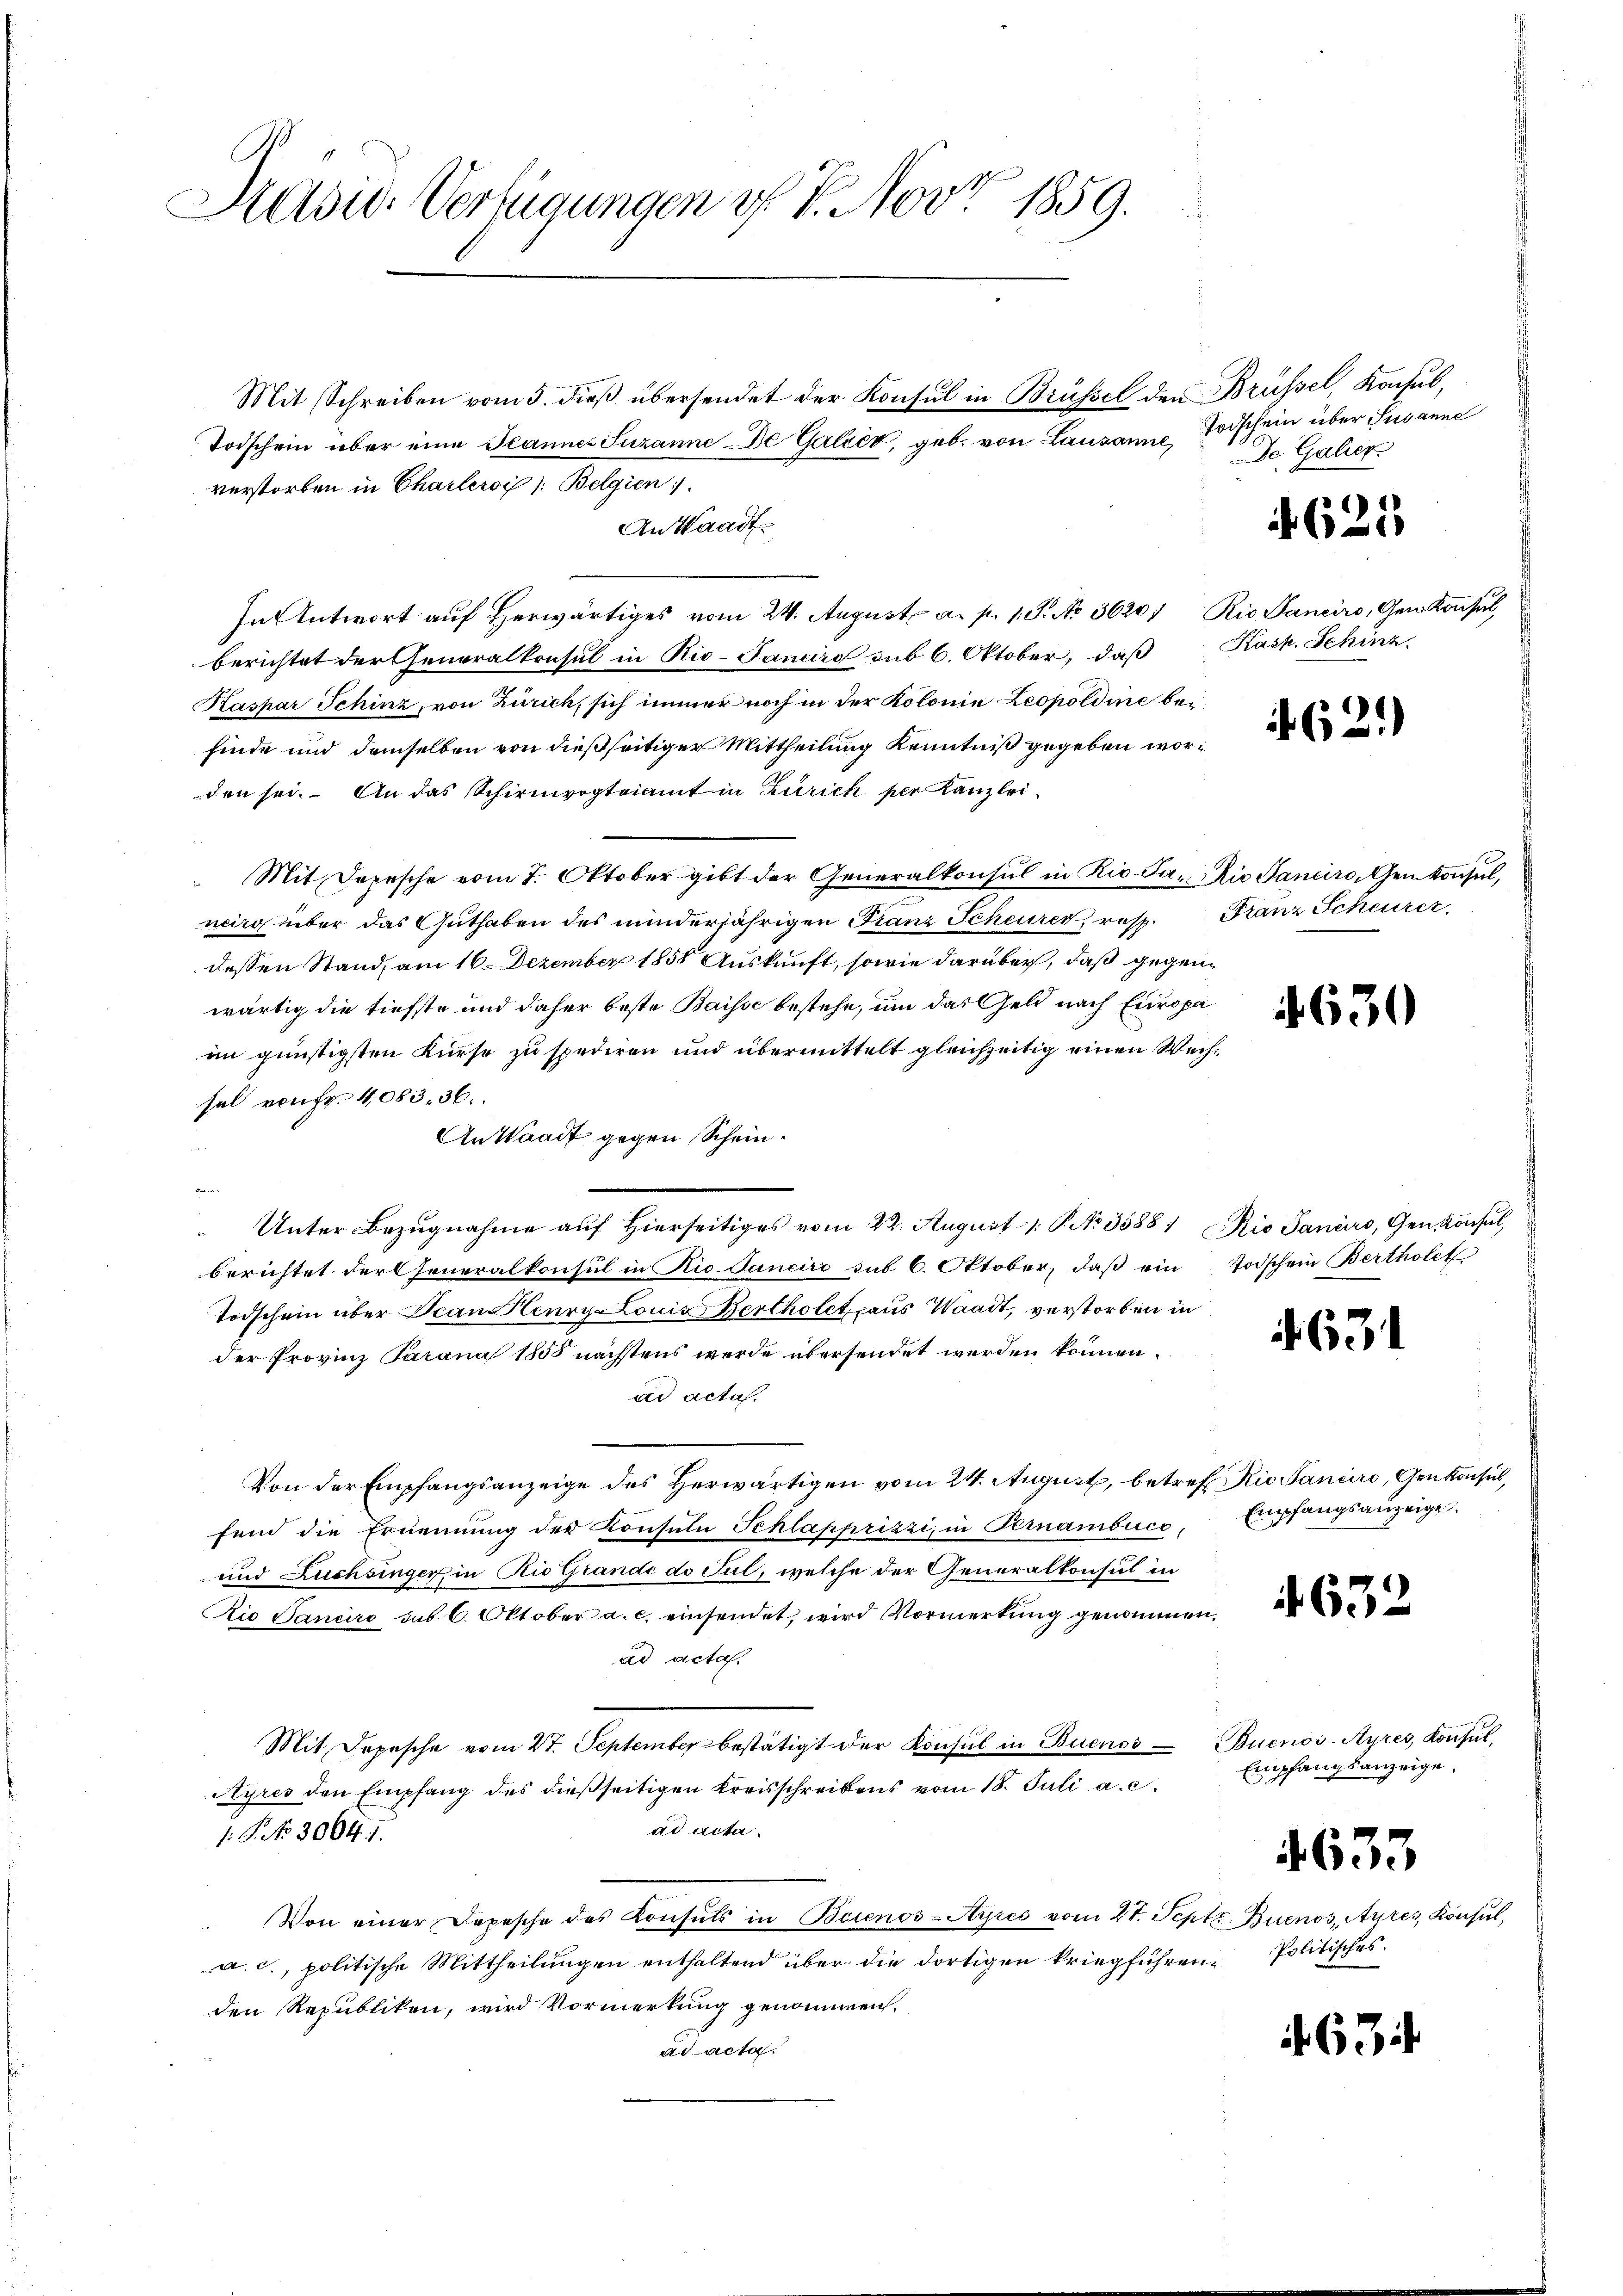
Sadw. Verfügungen v. 7. Nov. 1859.

verstorben in Charleroi /: Belgien
An Waadt
In Antwort auf herwärtiges vom 24. August. a. p. 1 S. No. 3620/ Rio Sancirs, Gem Konsul,
berichtet der Generalkonsul in Rio-Panciro sub 6. Oktober, daß
Kaspar Schinz, von Zürich, sich immer noch in der Kolonie Leopoldine befinde und demselben von dießseitiger Mittheilung Kenntniß gegeben worden sei. An das Schirmvogteiamt in Zürich per Kanzlei¬
Mit Depesche vom 7. Oktober gibt der Generalkonsul in Rio. Ja. Die Sanciro, Gemkonsul,
neirg über das Guthaben des minderjährigen Franz Scheurer, resp. Franz Scheurer,
dessen Stand, am 16. Dezember 1858 Auskunft, sowie darüber, daß gegenwärtig die tiefste und daher beste Baisse bestehe, um das Geld nach Europa
im günstigsten Kurse zu spediren und übermittelt gleichzeitig einen Wechsal von Fr. 4083. 36.
An Waadt gegen Scheine
 Unter Bezugnahme auf Hierseitiges vom 22. August 1. P. No 3588) Rio Saniirs, Gen Konsul,
berichtet der Generalkonsul in Rio-Jancire sub 6. Oktober, daß ein
Todschein über Jean Cenry Louis Bertholet aus Waadt, verstorben in
der Provinz Tarana 1855 nächstens werde übersendet werden können.
ad acta.
Von der Empfangsanzeige des Herwärtigen vom 24. August, betreff io Sanciro, Genkonsul,
fend die Ernennung der Konsula Schlapprizzi, in Pernamouce,
und Luchsinger, in Rio Grande do Sul, welche der Generalkonsul in
Rio Sancire sub 6. Oktober a. c. einsendet, wird Vormerkung genommen,
ad acta.
Mit Depesche vom 2t. September bestätigt der Konsul in Buenos
Ayres den Empfang des dießseitigen Kreisschreibens vom 18. Juli a. c.
ad Acta.
1.P. No 3004. 1.
Von einer Depesche des Konsuls in Beienos-Ayres vom 21. Sept.
a. c., politische Mittheilungen enthaltend über die dortigen kriegführenden Republiken, wird Vormerkung genommen.
ad acta.

Mit Schreiben vom 5. dieß übersendet der Konsul in Brüssel den Brüssel, Konsul¬
Todschein über eine Jeannes Suzanne-De Galick, geb. von Lausanne, Todschein über Susanne

Je Galiez

625

Kask, Schinz.

62.)

Todschein Bertholet

4630

. 63

Empfangsanzeige.

4632

Buenos-Ayres, Konsul,
Empfangsanzeige.

4633

Buenos, Ayres Konsul,
Politisches.

63